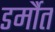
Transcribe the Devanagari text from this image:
डर्मौत